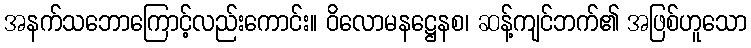
အနက်သဘောကြောင့်လည်းကောင်း။ ဝိလောမနဋ္ဌေနစ၊ ဆန့်ကျင်ဘက်၏ အဖြစ်ဟူသော